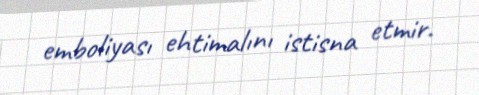
emboliyası ehtimalını istisna etmir.